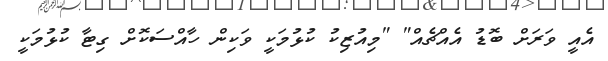
އެއީ ވަރަށް ބޮޑު އެއްޗެއް" "މިއުޒިކު ކުޅުމަކީ ވަކިން ހާއްސަކޮށް ގިޓާ ކުޅުމަކީ